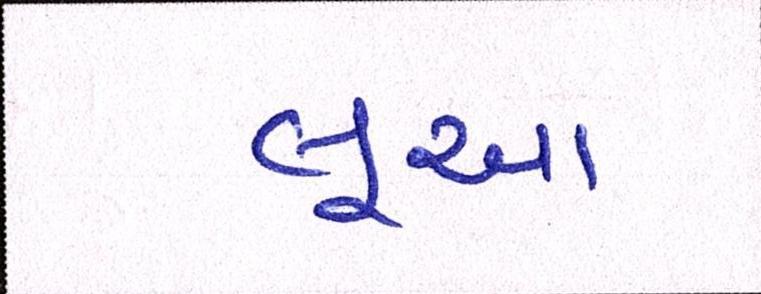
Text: લૂઆ